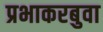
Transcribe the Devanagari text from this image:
प्रभाकरबुवा